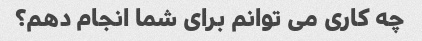
چه کاری می توانم برای شما انجام دهم؟